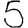
Digit: 5